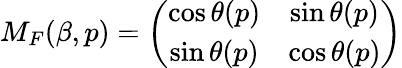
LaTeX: M_{F}(\beta,p)=\left(\begin{array}{cc}{{\cos\theta(p)}}&{{\sin\theta(p)}}\\ {{\sin\theta(p)}}&{{\cos\theta(p)}}\end{array}\right)